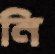
নি